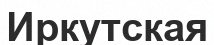
Иркутская